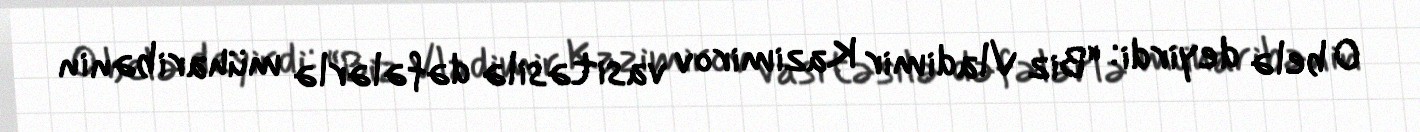
O belə deyirdi: “Biz Vladimir Kazimirov vasitəsilə dəfələrlə müharibənin